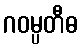
ဂဝမ္ပတီဓ